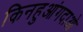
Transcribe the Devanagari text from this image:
किनहुआंगदाओ